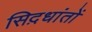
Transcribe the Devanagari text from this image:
सिद़धांतों